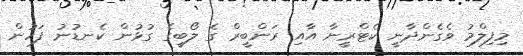
މިފިލްމު ވެގެންދާނީ ކެޓްރީނާ އާއި ރަންބީރް ގެ ލޯބީގެ ގުޅުން ކެނޑުނު ފަހުން